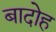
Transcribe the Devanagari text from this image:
बादोह